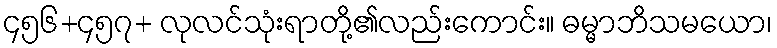
၄၅၆+၄၅၇+ လုလင်သုံးရာတို့၏လည်းကောင်း။ ဓမ္မာဘိသမယော၊